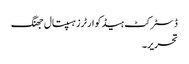
ڈسٹرکٹ ہیڈ کوارٹرزہسپتال جھنگ
تحریر۔